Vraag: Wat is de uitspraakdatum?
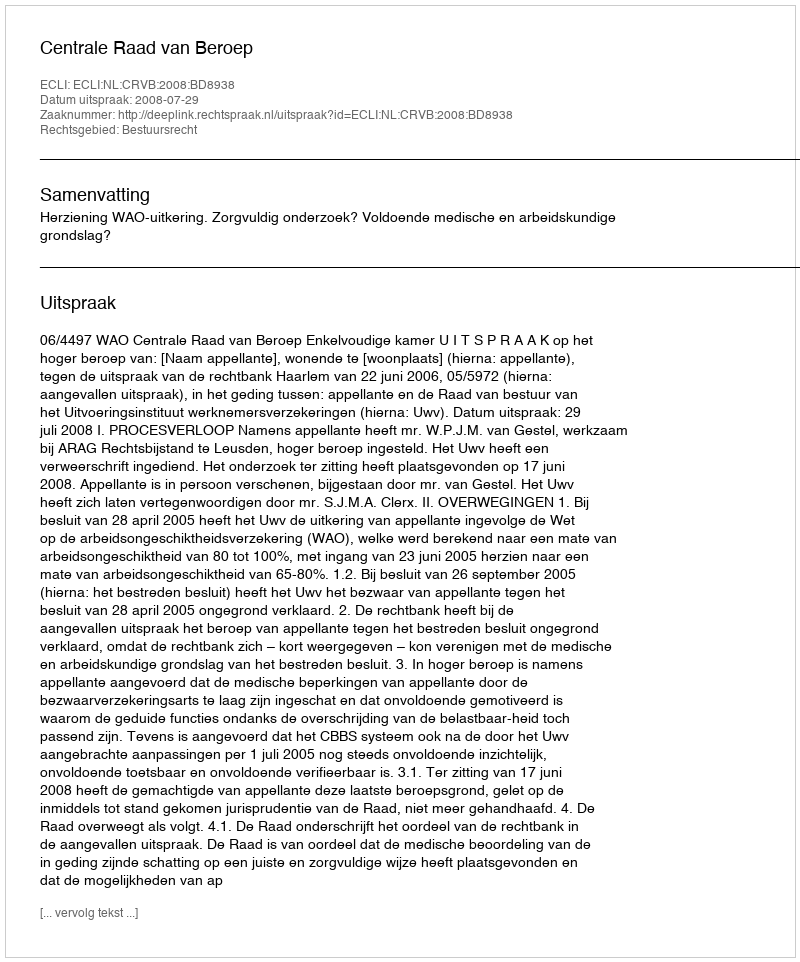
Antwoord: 2008-07-29